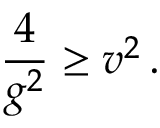
{ \frac { 4 } { g ^ { 2 } } } \geq v ^ { 2 } \, .